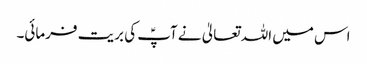
اس میں اللہ تعالیٰ نے آپؑ کی بریت فرمائی۔